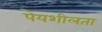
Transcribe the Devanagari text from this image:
पेयशीलता